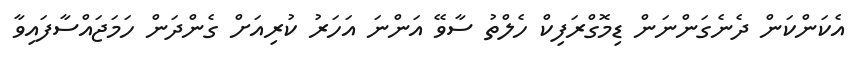
އެކަންކަން ދެނެގަންނަން ޑިމޮގްރަފިކް ހެލްތު ސާވޭ އަންނަ އަހަރު ކުރިއަށް ގެންދަން ހަމަޖައްސާފައިވާ